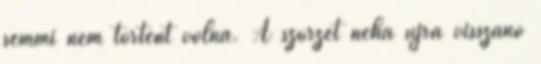
semmi nem történt volna. A szőrzet néha újra visszanő